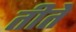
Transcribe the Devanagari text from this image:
तीते